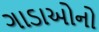
ગાડાઓનો